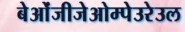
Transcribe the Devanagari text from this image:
बेओंजीजेओम्पेउरेउल